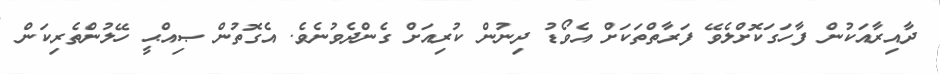
ދާއިރާއަކުން ފާހަގަކޮށްލެވޭ ފަރާތްތަކަށް އެވޯޑު ދިނުން ކުރިއަށް ގެންދެވުނެވެ. އެގޮތުން ޞިއްޙީ ހޭލުންތެރިކަން